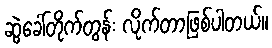
ဆွဲခေါ်တိုက်တွန်း လိုက်တာဖြစ်ပါတယ်။